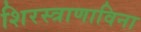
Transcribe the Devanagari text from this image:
शिरस्त्राणाविना